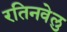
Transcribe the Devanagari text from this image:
रतिनवेलु